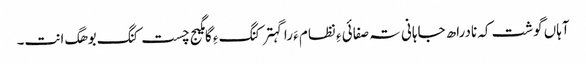
آہاں گوشت کہ نادراھ جاہانی تہ صفائی ءِ نظام ءَ را گہتر کنگ ءِ گامگیج چست کنگ بوھگ انت۔